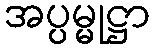
အပ္ပမ္မုဋ္ဌာ